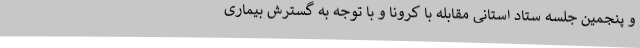
و پنجمین جلسه ستاد استانی مقابله با کرونا و با توجه به گسترش بیماری